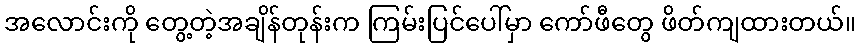
အလောင်းကို တွေ့တဲ့အချိန်တုန်းက ကြမ်းပြင်ပေါ်မှာ ကော်ဖီတွေ ဖိတ်ကျထားတယ်။